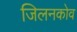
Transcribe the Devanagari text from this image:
जिलनकोव